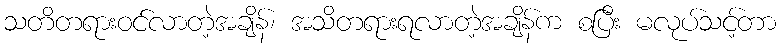
သတိတရားဝင်လာတဲ့အချိန်၊ အသိတရားရလာတဲ့အချိန်က စပြီး မလုပ်သင့်တာ